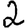
Digit: 2